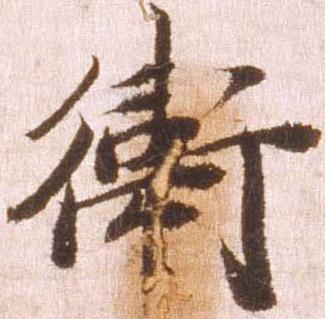
衛